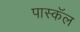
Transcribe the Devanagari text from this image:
पास्कॅल